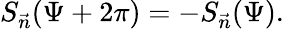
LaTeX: S_{\vec{n}}(\Psi+2\pi)=-S_{\vec{n}}(\Psi).